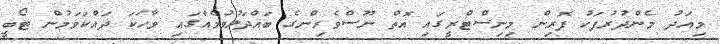
މިއަދު މެންދުރުފަހު ފޮރިން މިނިސްޓްރީގައި އޮތް ނޫސްވެރިންގެ ބައްދަލުވުމެއްގައި ވާހަކަ ދައްކަވަމުން ޓޯބީ